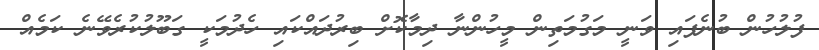
ފުލުހުން ބުނެފައި ވަނީ މަގުމަތިން މީހުންނާ ދިމާކޮށް ބިރުދައްކައި ހެދުމަކީ ގަބޫލުކުރެވޭނެ ކަމެއް